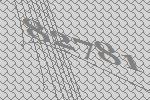
82781